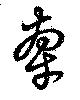
牽